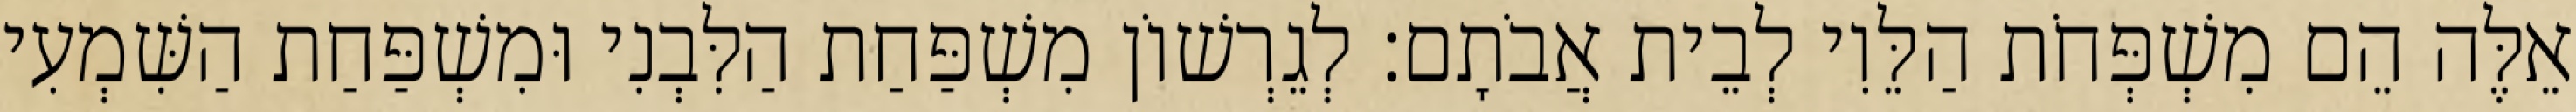
אֵלֶּה הֵם מִשְׁפְּחֹת הַלֵּוִי לְבֵית אֲבֹתָם׃ לְגֵרְשׁוֹן מִשְׁפַּחַת הַלִּבְנִי וּמִשְׁפַּחַת הַשִּׁמְעִי